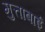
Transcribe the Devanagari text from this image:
मुत्ताबाई